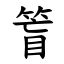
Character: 䈍